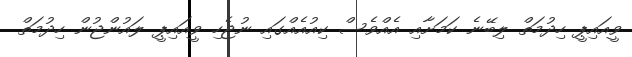
ވީއައިޕީ ހިދުމަތް ލިބޭނެ ކަމަށާއި އެއްވެސް ކިއުއެއްގައި ނުޖެހި ވީއައިޕީ ލައުންޖުން ހިދުމަތް